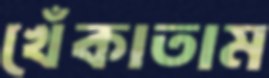
খেঁকাতাম